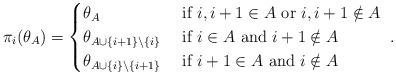
LaTeX: \begin{align*}\pi_i(\theta_A) = \begin{cases}\theta_{A} & \hbox{ if } i, i+1 \in A\hbox{ or }i, i+1 \notin A\\\theta_{A \cup \{i+1\} \backslash \{i\}} & \hbox{ if } i\in A\hbox{ and }i+1 \notin A\\\theta_{A \cup \{i\} \backslash \{i+1\}} & \hbox{ if } i+1\in A\hbox{ and }i \notin A\end{cases}~.\end{align*}